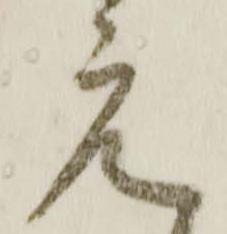
元